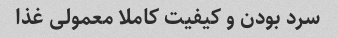
سرد بودن و کیفیت کاملا معمولی غذا